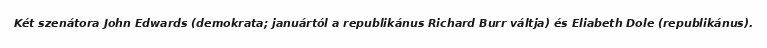
Két szenátora John Edwards (demokrata; januártól a republikánus Richard Burr váltja) és Eliabeth Dole (republikánus).